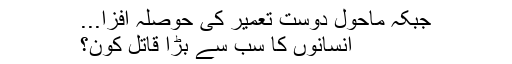
جبکہ ماحول دوست تعمیر کی حوصلہ افزا...
انسانوں کا سب سے بڑا قاتل کون؟